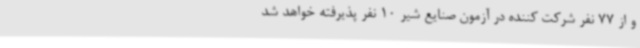
و از 77 نفر شرکت کننده در آزمون صنایع شیر 10 نفر پذیرفته خواهد شد